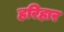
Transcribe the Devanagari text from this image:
हरिहार